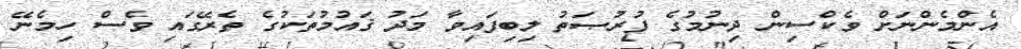
އެންމެންނަށް ވެކްސިން ދިނުމުގެ ފުރުޞަތު ލިބިފައިވާ މަދު ޤައުމުތަކުގެ ތެރޭގައި ވެސް ހިމެނޭ